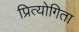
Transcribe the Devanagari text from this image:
प्रित्योगिता